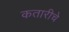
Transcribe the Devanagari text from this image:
कतारीचे